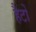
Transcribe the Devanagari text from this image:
हैटों